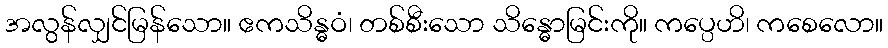
အလွန်လျှင်မြန်သော။ ဧကသိန္ဓဝံ၊ တစ်စီးသော သိန္ဓောမြင်းကို။ ကပ္ပေဟိ၊ ကစေလော။